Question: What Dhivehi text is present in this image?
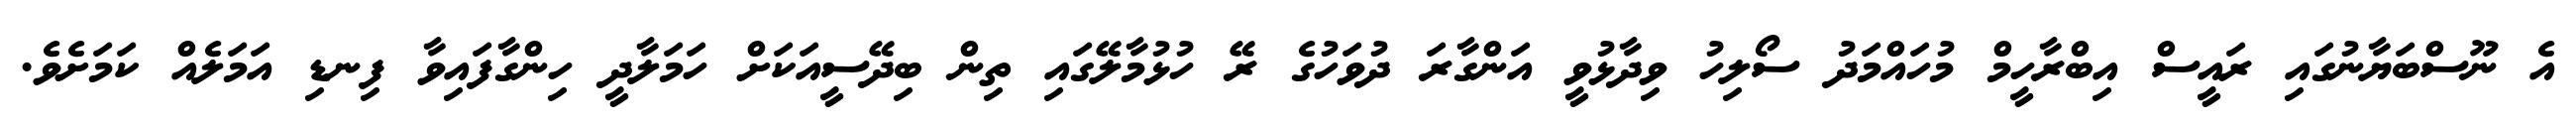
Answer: އެ ނޫސްބަޔާނުގައި ރައީސް އިބްރާހީމް މުހައްމަދު ސޯލިހު ވިދާޅުވީ އަންގާރަ ދުވަހުގެ ރޭ ހުޅުމާލޭގައި ތިން ބިދޭސީއަކަށް ހަމަލާދީ ހިންގާފައިވާ ފިނޑި އަމަލެއް ކަމަށެވެ.